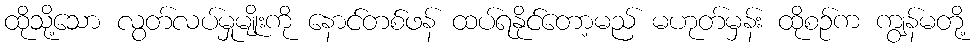
ထိုသို့သော လွတ်လပ်မှုမျိုးကို နောင်တစ်ဖန် ထပ်ရနိုင်တော့မည် မဟုတ်မှန်း ထိုစဉ်က ကျွန်မတို့